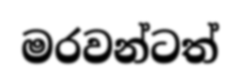
මරවන්ටත්